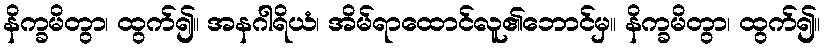
နိက္ခမိတွာ၊ ထွက်၍။ အနဂါရိယံ၊ အိမ်ရာထောင်လူ၏ဘောင်မှ။ နိက္ခမိတွာ၊ ထွက်၍။